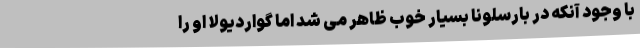
با وجود آنکه در بارسلونا بسیار خوب ظاهر می شد اما گواردیولا او را